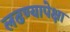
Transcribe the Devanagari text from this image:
लढण्यापेक्षा